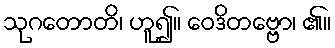
သုဂတောတိ၊ ဟူ၍။ ဝေဒိတဗ္ဗော၊ ၏။